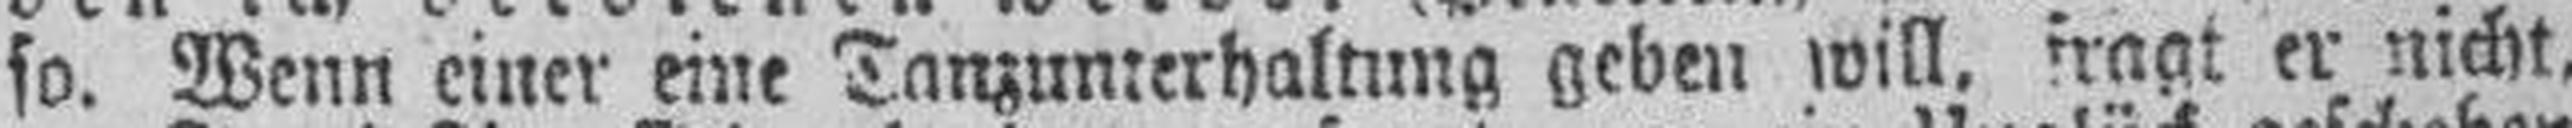
so. Wenn einer eine Tanzunterhaltung geben will, fragt er nicht,